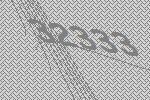
32333